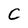
Character: C